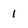
Character: 1